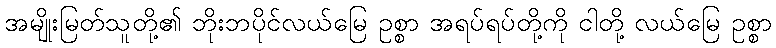
အမျိုးမြတ်သူတို့၏ ဘိုးဘပိုင်လယ်မြေ ဥစ္စာ အရပ်ရပ်တို့ကို ငါတို့ လယ်မြေ ဥစ္စာ